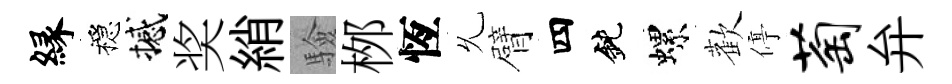
縁穩撼奖綃驗桞恆𠃔臂四鈍螺歡停萄弁